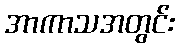
အာကာသအတွင်း